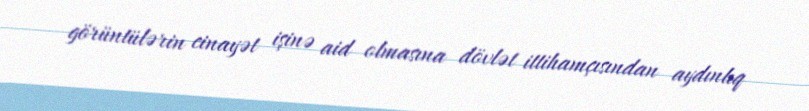
görüntülərin cinayət işinə aid olmasına dövlət ittihamçısından aydınlıq